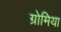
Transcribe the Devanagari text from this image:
ग्रोमिया